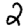
Digit: 2